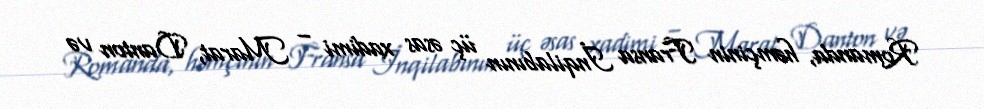
Romanda, həmçinin Fransa İnqilabının üç əsas xadimi – Marat, Danton və